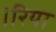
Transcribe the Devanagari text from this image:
।रिया